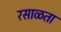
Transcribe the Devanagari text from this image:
रसाळता